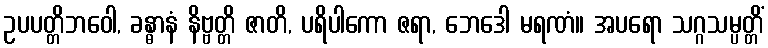
ဥပပတ္တိဘဝေါ, ခန္ဓာနံ နိဗ္ဗတ္တိ ဇာတိ, ပရိပါကော ဇရာ, ဘေဒေါ မရဏံ။ အပရော သဂ္ဂသမ္ပတ္တိံ